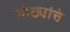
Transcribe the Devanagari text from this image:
मोठ्यांचे